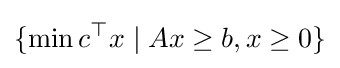
\{\min c^{\top }x\mid Ax\geq b,x\geq 0\}